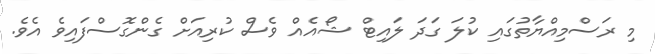
މި ރަސްމިއްޔާތުގައި ކުލަ ގަދަ ލައިޓް ޝޯއެއް ވެސް ކުރިއަށް ގެންގޮސްފައިވެ އެވެ.